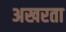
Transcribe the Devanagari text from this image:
अखरता